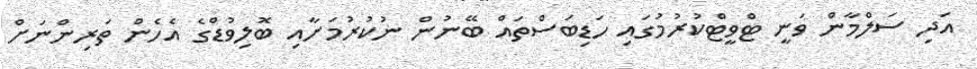
އަދި ސަލްމާން ވަނީ ޓްވީޓްކުރުމުގައި ހަޑިބަސްތައް ބޭނުން ނުކުރުމަށާއި ބޮލިވުޑްގެ އެހެން ތަރިންނަށް